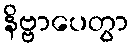
နိဗ္ဗာပေတွာ